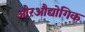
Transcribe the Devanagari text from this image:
औरऔद्योगिक